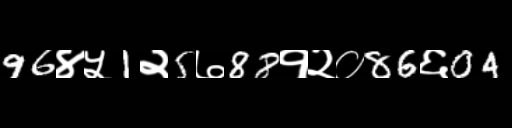
Text: 96४५1२5७88१२०86६04